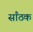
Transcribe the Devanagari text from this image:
साँठक